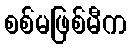
စစ်မဖြစ်မီက